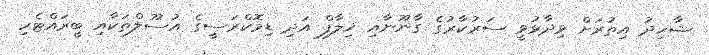
ޝާހިދު އިތުރަށް ވިދާޅުވީ ސަރުކާރުގެ ގާނޫނާއި ޚިލާފް އަދި ޑިމޮކްރަސީގެ އުސޫލްތަކާއި ބީރައްޓެހި